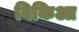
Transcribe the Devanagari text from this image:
विकिआ